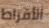
الأقراط